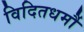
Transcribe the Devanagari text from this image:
विदितधर्मौ